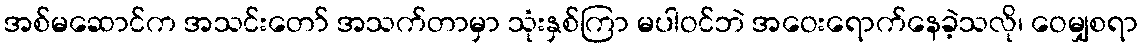
အစ်မဆောင်က အသင်းတော် အသက်တာမှာ သုံးနှစ်ကြာ မပါဝင်ဘဲ အဝေးရောက်နေခဲ့သလို၊ ဝေမျှစရာ